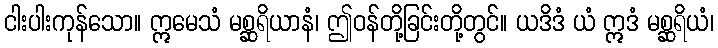
ငါးပါးကုန်သော။ ဣမေသံ မစ္ဆရိယာနံ၊ ဤဝန်တို့ခြင်းတို့တွင်။ ယဒိဒံ ယံ ဣဒံ မစ္ဆရိယံ၊